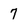
Character: 7